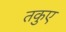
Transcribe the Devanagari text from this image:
तकुए